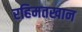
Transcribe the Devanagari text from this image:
रहिमतखान